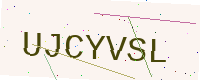
Text: UJCYVSL